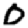
Digit: 0